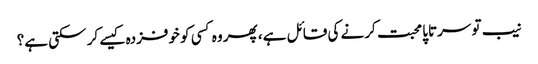
نیب تو سرتاپا محبت کرنے کی قائل ہے، پھر وہ کسی کو خوفزدہ کیسے کر سکتی ہے؟